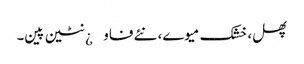
پھل، خشک میوے، نئے فاو¿نٹین پین۔